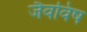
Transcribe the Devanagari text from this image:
जैवविष